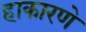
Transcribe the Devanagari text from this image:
हाकारणे